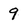
Character: 9